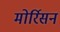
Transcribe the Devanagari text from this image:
मोर्रिसन